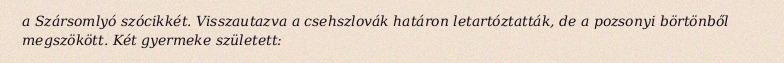
a Szársomlyó szócikkét. Visszautazva a csehszlovák határon letartóztatták, de a pozsonyi börtönből megszökött. Két gyermeke született: